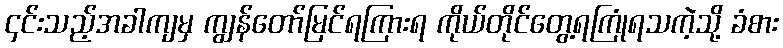
၄င်းသည့်အခါကျမှ ကျွန်တော်မြင်ရကြားရ ကိုယ်တိုင်တွေ့ရကြုံရသကဲ့သို့ ခံစား